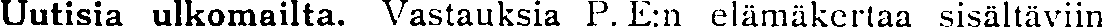
Uutisia ulkomailta. Vastauksia P. E:n elämäkertaa sisältäviin